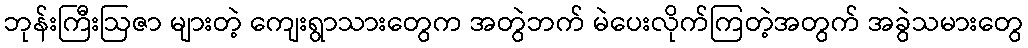
ဘုန်းကြီးဩဇာ များတဲ့ ကျေးရွာသားတွေက အတွဲဘက် မဲပေးလိုက်ကြတဲ့အတွက် အခွဲသမားတွေ